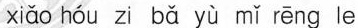
xiǎo hóu zi bǎ yù mǐ rēng le